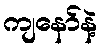
ကျနော်နဲ့